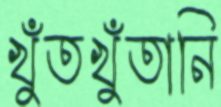
খুঁতখুঁতানি